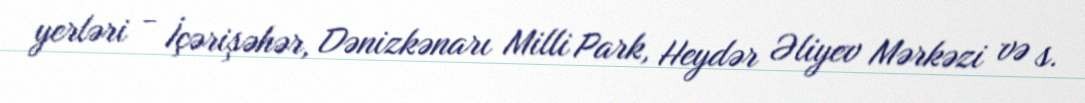
yerləri - İçərişəhər, Dənizkənarı Milli Park, Heydər Əliyev Mərkəzi və s.